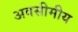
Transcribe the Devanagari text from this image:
अवसीमीय